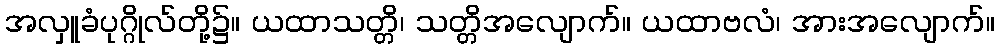
အလှူခံပုဂ္ဂိုလ်တို့၌။ ယထာသတ္တိ၊ သတ္တိအလျောက်။ ယထာဗလံ၊ အားအလျောက်။